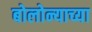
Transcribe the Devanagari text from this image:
बोलोन्याच्या